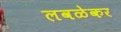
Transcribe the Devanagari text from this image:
लवळेकर